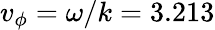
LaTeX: v_{\phi}=\omega/k=3.213